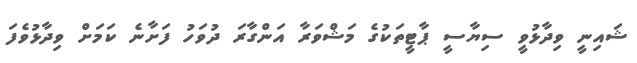
ޝައިނީ ވިދާޅުވީ ސިޔާސީ ޕާޓީތަކުގެ މަޝްވަރާ އަންގާރަ ދުވަހު ފަށާނެ ކަމަށް ވިދާޅުވެފަ